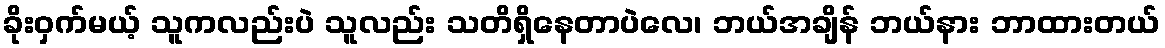
ခိုးဝှက်မယ့် သူကလည်းပဲ သူလည်း သတိရှိနေတာပဲလေ၊ ဘယ်အချိန် ဘယ်နား ဘာထားတယ်